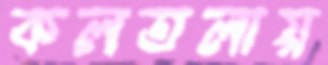
কলতলায়